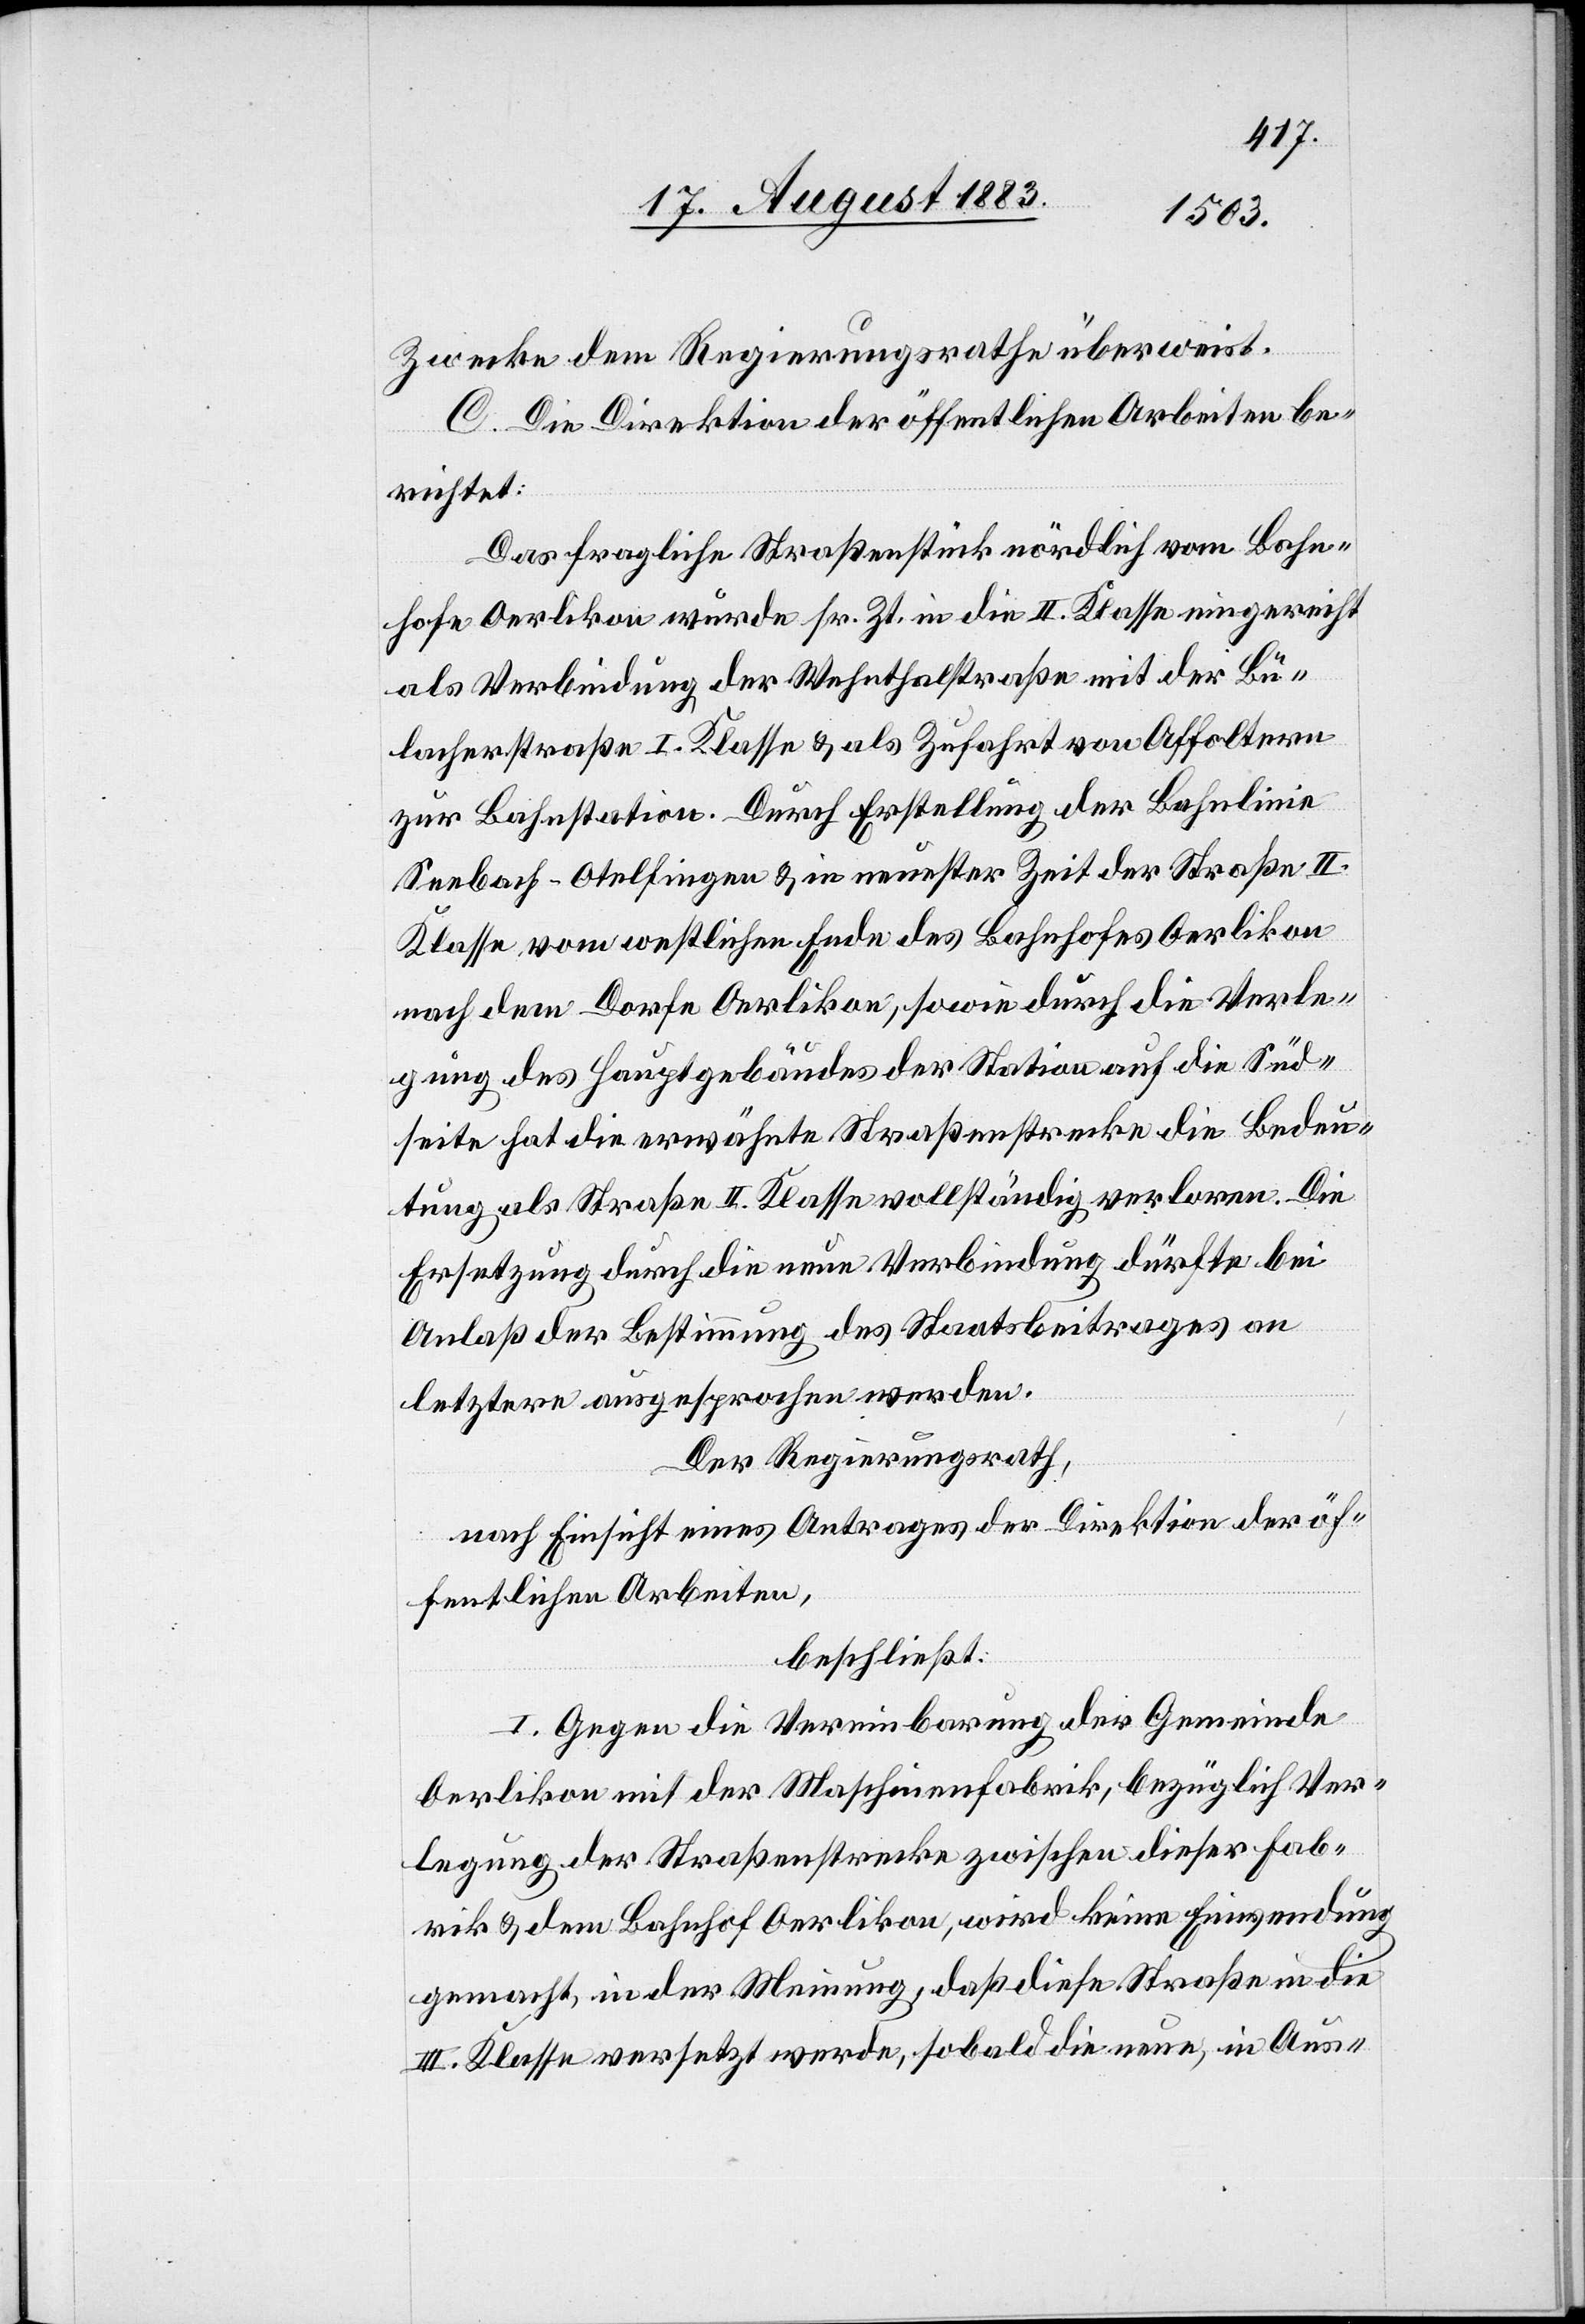
Zwecke dem Regierungsrathe überweist.
C. Die Direktion der öffentlichen Arbeiten be¬
richtet:
Das fragliche Straßenstück nördlich vom Bahn¬
hofe Oerlikon wurde sr. Zt. in die II. Klasse eingereicht
als Verbindung der Wehnthalerstraße mit der Bü¬
lacherstraße I. Klasse & als Zufahrt von Affoltern
zur Bahnstation. Durch Erstellung der Bahnlinie
Seebach–Otelfingen & in neuester Zeit der Straße II.
Klasse vom westlichen Ende des Bahnhofes Oerlikon
nach dem Dorfe Oerlikon, sowie durch die Verle¬
gung des Hauptgebäudes der Station auf die Süd¬
seite hat die erwähnte Straßenstrecke die Bedeu¬
tung als Straße II. Klasse vollständig verloren. Die
Ersetzung durch die neue Verbindung dürfte bei
Anlaß der Bestimmung des Staatsbeitrages an
letzte ausgesprochen werden.
Der Regierungsrath,
nach Einsicht eines Antrages der Direktion der öf¬
fentlichen Arbeiten,
beschließt:
I. Gegen die Vereinbarung der Gemeinde
Oerlikon mit der Maschinenfabrik, bezüglich Ver¬
legung der Straßenstrecke zwischen dieser Fab¬
rik & dem Bahnhof Oerlikon, wird keine Einwendung
gemacht, in der Meinung, daß diese Straße in die
III. Klasse versetzt werde, sobald die neue, in Aus-